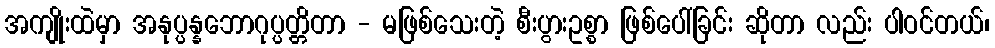
အကျိုးထဲမှာ အနုပ္ပန္နဘောဂုပ္ပတ္တိတာ - မဖြစ်သေးတဲ့ စီးပွားဥစ္စာ ဖြစ်ပေါ်ခြင်း ဆိုတာ လည်း ပါဝင်တယ်၊